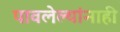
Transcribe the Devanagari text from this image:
पावलेल्यांनाही